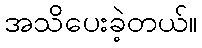
အသိပေးခဲ့တယ်။